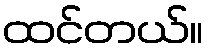
ထင်တယ်။